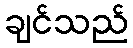
ချင်သည်